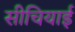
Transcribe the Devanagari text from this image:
सीचियाई